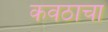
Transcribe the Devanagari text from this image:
कवठाचा